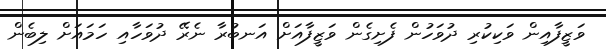
ވަޒީފާއިން ވަކިކުރި ދުވަހުން ފެށިގެން ވަޒީފާއަށް އަނބުރާ ނެރޭ ދުވަހާއި ހަމައަށް ލިބެން